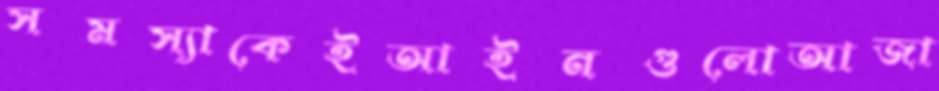
সমস্যাকেইআইনগুলোআজা